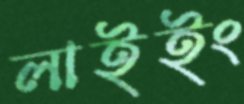
লাইইং